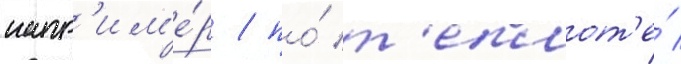
напр'им'е́р / по́ т'еплот'е́